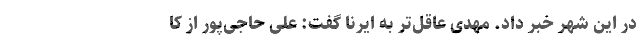
در این شهر خبر داد. مهدی عاقل‌تر به ایرنا گفت: علی حاجی‌پور از کا